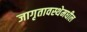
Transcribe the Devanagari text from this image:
जागृतावस्थेमधील